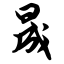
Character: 晟